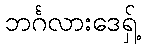
ဘင်္ဂလားဒေရှ့်